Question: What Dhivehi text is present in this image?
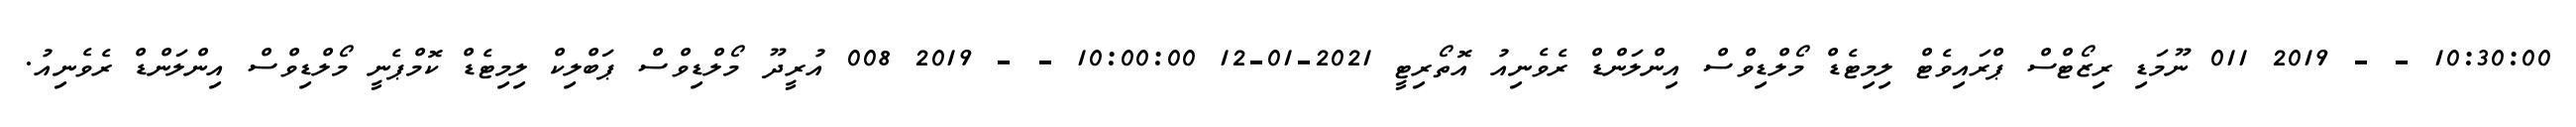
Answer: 10:30:00 - - 2019 011 ނޫމަޑި ރިޒޯޓްސް ޕްރައިވެޓް ލިމިޓެޑް މޯލްޑިވްސް އިންލަންޑް ރެވެނިއު އޮތޯރިޓީ 2021-01-12 10:00:00 - - 2019 008 އުރީދޫ މޯލްޑިވްސް ޕަބްލިކް ލިމިޓެޑް ކޮމްޕެނީ މޯލްޑިވްސް އިންލަންޑް ރެވެނިއު.